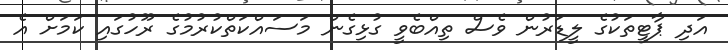
އަދި ޕާޓީތަކުގެ ލީޑަރުން ވެސް ތިއްބެވީ ގުޅިގެން މަސައްކަތްކުރުމުގެ ރޫހުގައި ކަމަށް އެ